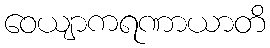
ဝေယျာကရဏာယာတိ